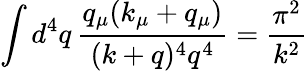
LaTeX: \int d^{4}q\, \frac{q_{\mu}(k_{\mu}+q_{\mu})}{(k+q)^{4}q^{4}}=\frac{\pi^{2}}{k^{2}}